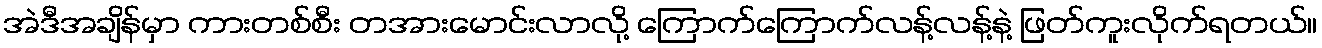
အဲဒီအချိန်မှာ ကားတစ်စီး တအားမောင်းလာလို့ ကြောက်ကြောက်လန့်လန့်နဲ့ ဖြတ်ကူးလိုက်ရတယ်။